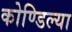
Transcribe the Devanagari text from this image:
कोण्डिल्या